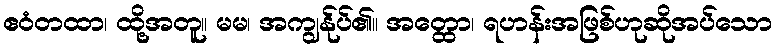
ဧဝံတထာ၊ ထို့အတူ။ မမ၊ အကျွန်ုပ်၏။ အတ္ထော၊ ရဟန်းအဖြစ်ဟုဆိုအပ်သော